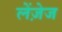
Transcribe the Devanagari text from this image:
लेंज़ेज